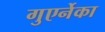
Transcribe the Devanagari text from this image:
गुएर्नेका